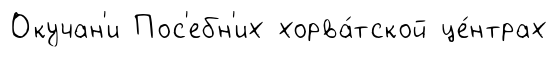
Окучан'и Пос'ебн'их хорва́тской це́нтрах